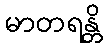
မာတရန္တိ